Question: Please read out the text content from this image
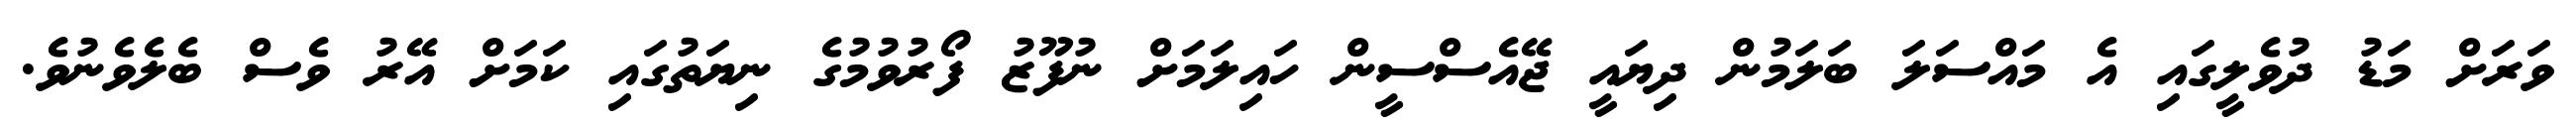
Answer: ވަރަށް މަޑު ދުވެލީގައި އެ މައްސަލަ ބަލަމުން ދިޔައީ ޖޭއެސްސީން ހައިލަމަށް ނުފޫޒު ފޯރުވުމުގެ ނިޔަތުގައި ކަމަށް އޭރު ވެސް ބެލެވެނުވެ.